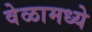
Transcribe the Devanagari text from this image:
वेळामध्ये